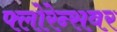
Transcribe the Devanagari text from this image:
फ्लोरेन्सवर